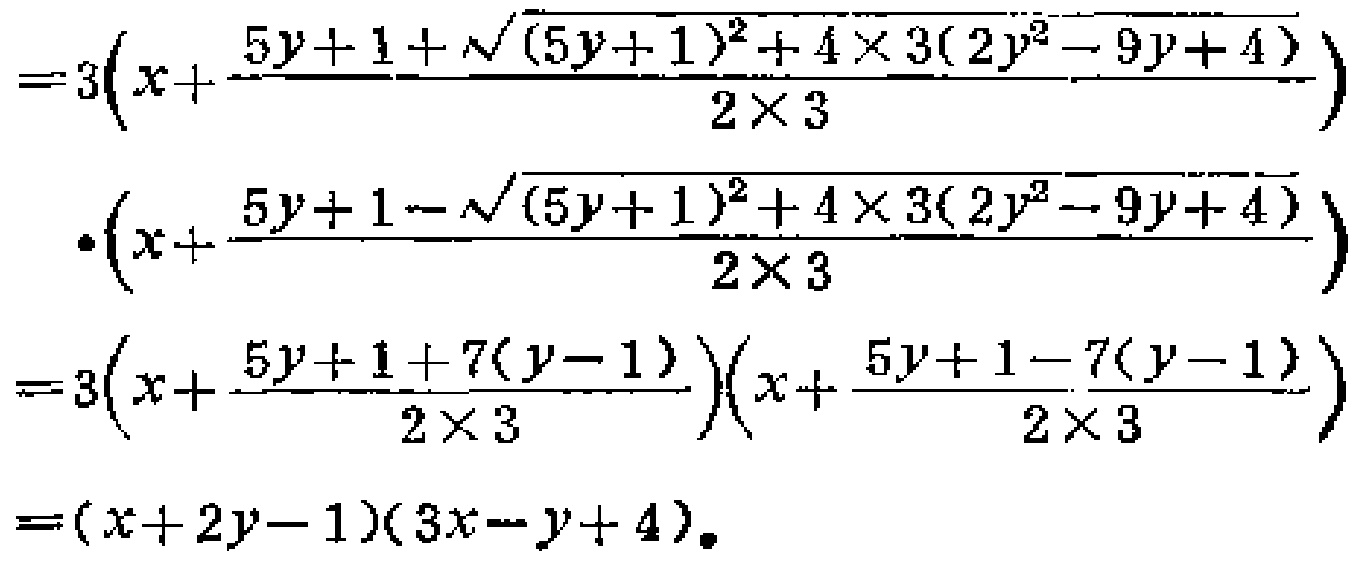
\[

\begin{align*}

&=3\left(x + \frac{5y + 1+\sqrt{(5y + 1)^2 + 4\times3(2y^2 - 9y + 4)}}{2\times3}\right)\\

&\cdot\left(x+\frac{5y + 1-\sqrt{(5y + 1)^2 + 4\times3(2y^2 - 9y + 4)}}{2\times3}\right)\\

&=3\left(x+\frac{5y + 1 + 7(y - 1)}{2\times3}\right)\left(x+\frac{5y + 1 - 7(y - 1)}{2\times3}\right)\\

&=(x + 2y - 1)(3x - y + 4).

\end{align*}

\]